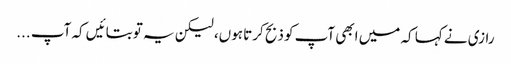
رازی نے کہا کہ میں ابھی آپ کو ذبح کرتا ہوں، لیکن یہ تو بتائیں کہ آپ ...